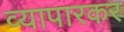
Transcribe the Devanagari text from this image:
व्यापारकर